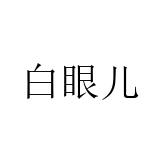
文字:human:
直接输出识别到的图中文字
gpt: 白眼儿